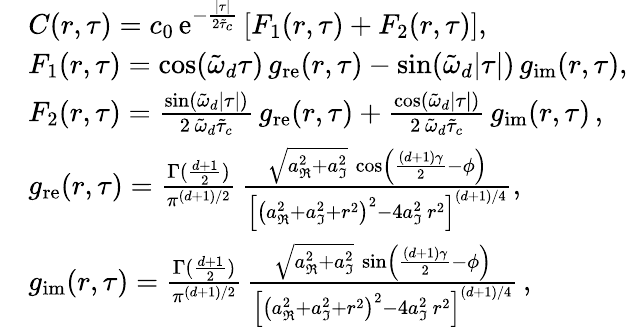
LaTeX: \begin{array}{rl}&{C(r,\tau)=c_{0}\, \mathrm{e}^{-\frac{\lvert\tau\rvert}{2\tilde{\tau}_{c}}}\left[F_{1}(r,\tau)+F_{2}(r,\tau)\right],}\\ &{F_{1}(r,\tau)=\cos(\tilde{\omega}_{d}\tau)\, g_{\mathrm{re}}(r,\tau)-\sin(\tilde{\omega}_{d}\lvert\tau\rvert)\, g_{\mathrm{im}}(r,\tau),}\\ &{F_{2}(r,\tau)=\frac{\sin(\tilde{\omega}_{d}\lvert\tau\rvert)}{2\, \tilde{\omega}_{d}\tilde{\tau}_{c}}\, g_{\mathrm{re}}(r,\tau)+\frac{\cos(\tilde{\omega}_{d}\lvert\tau\rvert)}{2\, \tilde{\omega}_{d}\tilde{\tau}_{c}}\, g_{\mathrm{im}}(r,\tau)\, ,}\\ &{g_{\mathrm{re}}(r,\tau)=\frac{\Gamma(\frac{d+1}{2})}{\pi^{(d+1)/2}}\, \frac{\sqrt{a_{\Re}^{2}+a_{\Im}^{2}}\, \cos\left(\frac{(d+1)\gamma}{2}-\phi\right)}{\left[\left(a_{\Re}^{2}+a_{\Im}^{2}+r^{2}\right)^{2}-4a_{\Im}^{2}\, r^{2}\right]^{(d+1)/4}},}\\ &{g_{\mathrm{im}}(r,\tau)=\frac{\Gamma(\frac{d+1}{2})}{\pi^{(d+1)/2}}\, \frac{\sqrt{a_{\Re}^{2}+a_{\Im}^{2}}\, \sin\left(\frac{(d+1)\gamma}{2}-\phi\right)}{\left[\left(a_{\Re}^{2}+a_{\Im}^{2}+r^{2}\right)^{2}-4a_{\Im}^{2}\, r^{2}\right]^{(d+1)/4}}\, ,}\end{array}